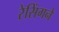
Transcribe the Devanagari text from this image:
रेसिंगने